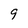
Character: 9